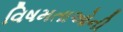
વિષમતાઓની